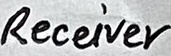
Text: Receiver